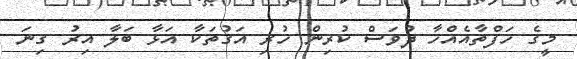
މީގެ ހަފްތާއެއްހާ ދުވަސް ކުރިން ހުރި އަގުތަކާ އަޅާ ބަލާ އިރު ގިނަ